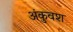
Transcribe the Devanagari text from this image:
अंकुवश